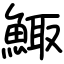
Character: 鯫